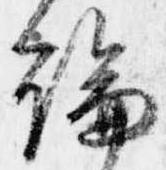
論